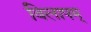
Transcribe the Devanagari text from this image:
विलापम्